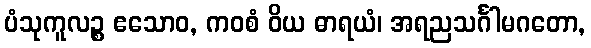
ပံသုကူလဉ္စ ဧသောဝ, ကဝစံ ဝိယ ဓာရယံ၊ အရညသင်္ဂါမဂတော,